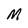
Character: M